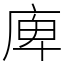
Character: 庳